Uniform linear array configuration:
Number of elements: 48
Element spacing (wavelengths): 0.5
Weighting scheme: kaiser
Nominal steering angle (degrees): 60
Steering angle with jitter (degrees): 60.785
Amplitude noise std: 0.05
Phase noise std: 0.05

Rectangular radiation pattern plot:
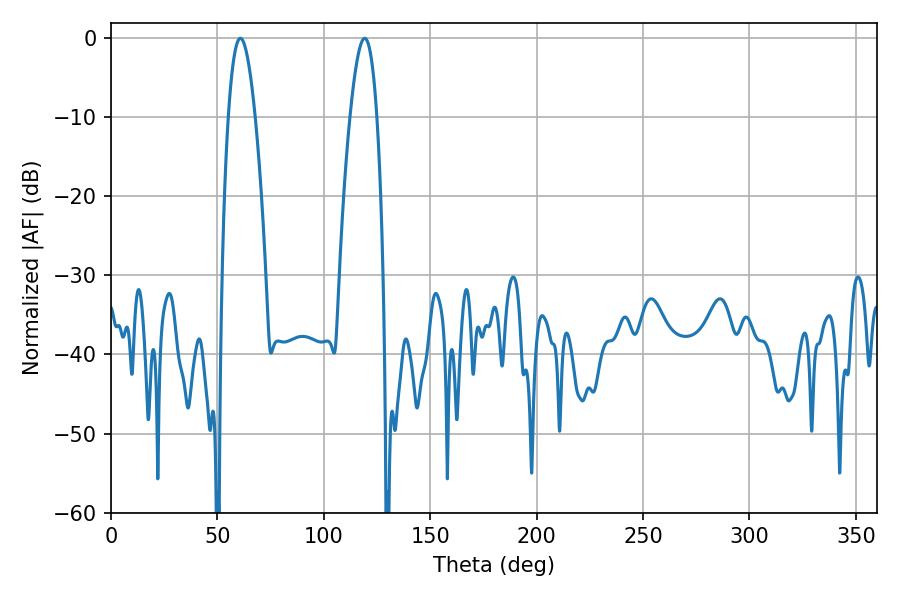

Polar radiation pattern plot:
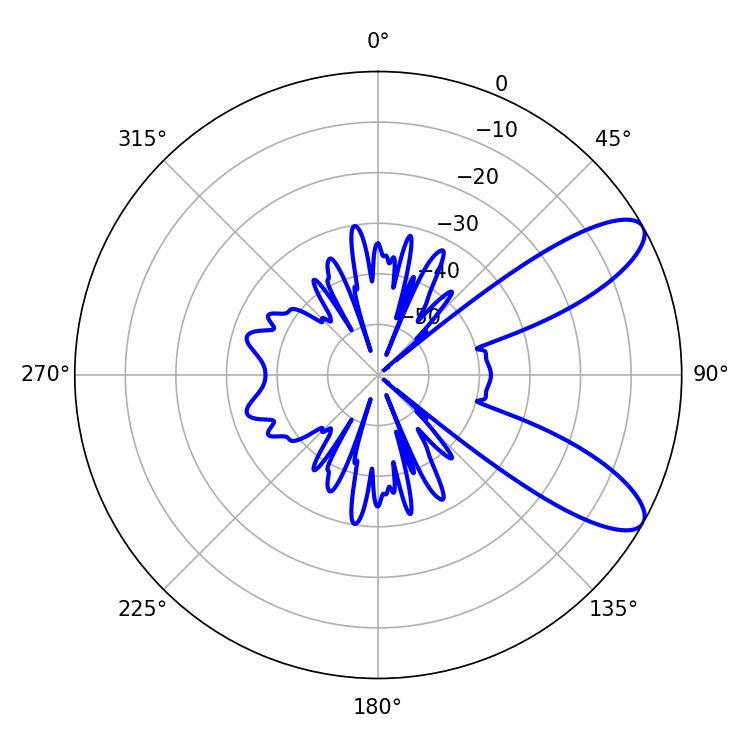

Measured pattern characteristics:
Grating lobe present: FALSE
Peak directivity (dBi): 9.436
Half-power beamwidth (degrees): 6.84
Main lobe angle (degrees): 60.84